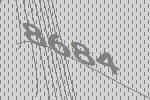
8684